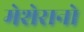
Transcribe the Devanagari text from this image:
मेशेरानो